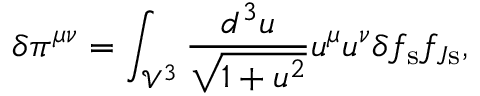
\delta \pi ^ { \mu \nu } = \int _ { \mathcal { V } ^ { 3 } } \frac { d ^ { 3 } u } { \sqrt { 1 + u ^ { 2 } } } u ^ { \mu } u ^ { \nu } \delta f _ { \mathrm { s } } f _ { J \mathrm { s } } ,